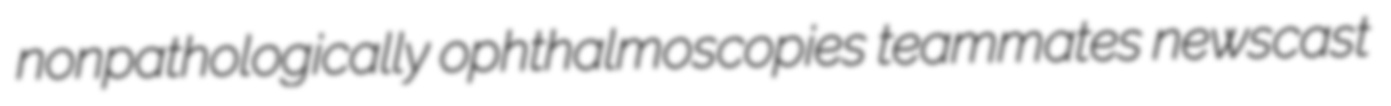
nonpathologically ophthalmoscopies teammates newscast